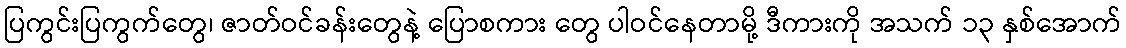
ပြကွင်းပြကွက်တွေ၊ ဇာတ်ဝင်ခန်းတွေနဲ့ ပြောစကား တွေ ပါဝင်နေတာမို့ ဒီကားကို အသက် ၁၃ နှစ်အောက်